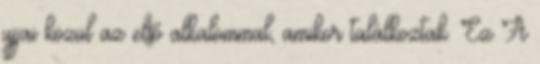
ujjai közül az első alkalommal, amikor találkoztak. Ez A